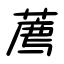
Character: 薦